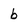
Character: b